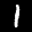
Label: 1